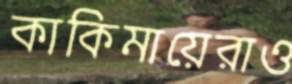
কাকিমায়েরাও